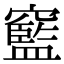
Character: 䆾